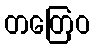
တတြေဝ